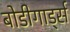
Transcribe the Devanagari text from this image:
बोडीगार्ड्स